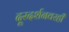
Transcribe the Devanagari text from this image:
दूरदर्शनवरही